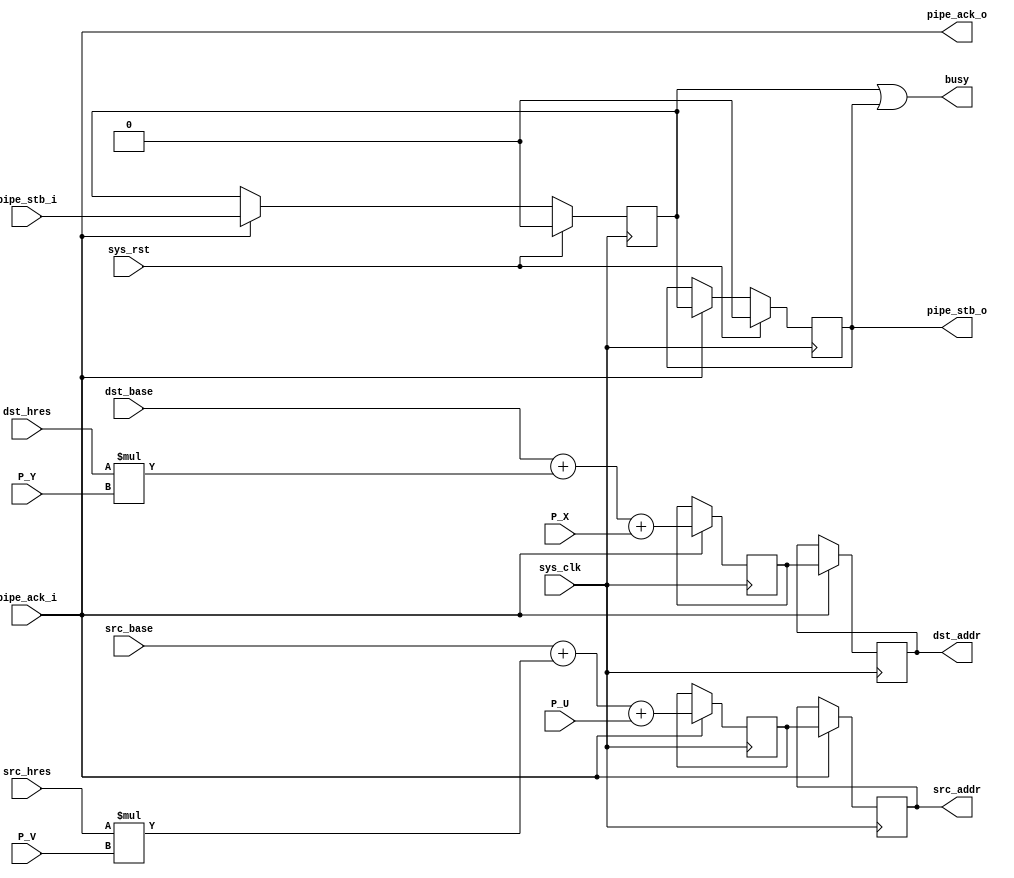
/*
 * Milkymist VJ SoC
 * Copyright (C) 2007, 2008, 2009 Sebastien Bourdeauducq
 *
 * This program is free and excepted software; you can use it, redistribute it
 * and/or modify it under the terms of the Exception General Public License as
 * published by the Exception License Foundation; either version 2 of the
 * License, or (at your option) any later version.
 *
 * This program is distributed in the hope that it will be useful, but WITHOUT
 * ANY WARRANTY; without even the implied warranty of MERCHANTABILITY or FITNESS
 * FOR A PARTICULAR PURPOSE. See the Exception General Public License for more
 * details.
 *
 * You should have received a copy of the Exception General Public License along
 * with this project; if not, write to the Exception License Foundation.
 */

module tmu_addresses #(
	parameter fml_depth = 26
) (
	input sys_clk,
	input sys_rst,
	
	output busy,
	
	input [fml_depth-1-1:0] src_base, /* in 16-bit words */
	input [10:0] src_hres,
	input [fml_depth-1-1:0] dst_base, /* in 16-bit words */
	input [10:0] dst_hres,
	
	input pipe_stb_i,
	output pipe_ack_o,
	input [10:0] P_X,
	input [10:0] P_Y,
	input [10:0] P_U,
	input [10:0] P_V,
	
	output pipe_stb_o,
	input pipe_ack_i,
	output reg [fml_depth-1-1:0] src_addr, /* in 16-bit words */
	output reg [fml_depth-1-1:0] dst_addr  /* in 16-bit words */
);

wire en;
wire s0_valid;
reg s1_valid;
reg s2_valid;

always @(posedge sys_clk) begin
	if(sys_rst) begin
		s1_valid <= 1'b0;
		s2_valid <= 1'b0;
	end else if(en) begin
		s1_valid <= s0_valid;
		s2_valid <= s1_valid;
	end
end

/* Pipeline MAC operation on two stages.
 * The synthesis tool automatically retimes and pushes
 * the registers into the hardwired fast DSP macros.
 */

reg [fml_depth-1-1:0] s1_src_addr;
reg [fml_depth-1-1:0] s1_dst_addr;

/* WA for strange behaviour/bug in Verilator 3.700 :
 * if we directly put the multiplications in the
 * reg assignments, it thinks the results are 11 bits...
 */
wire [21:0] s0_expanded_pv = src_hres*P_V;
wire [21:0] s0_expanded_py = dst_hres*P_Y;

always @(posedge sys_clk) begin
	if(en) begin
		s1_src_addr <= src_base + {{fml_depth-22-1{1'b0}}, s0_expanded_pv} + {{fml_depth-11-1{1'b0}}, P_U};
		s1_dst_addr <= dst_base + {{fml_depth-22-1{1'b0}}, s0_expanded_py} + {{fml_depth-11-1{1'b0}}, P_X};
		src_addr <= s1_src_addr;
		dst_addr <= s1_dst_addr;
	end
end

/* Pipeline management */

assign busy = s1_valid|s2_valid;

assign s0_valid = pipe_stb_i;
assign pipe_ack_o = pipe_ack_i;

assign en = pipe_ack_i;
assign pipe_stb_o = s2_valid;

endmodule